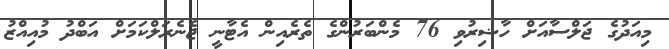
މިއަދުގެ ޖަލްސާއަށް ހާޟިރުވި 76 މެންބަރުންގެ ތެރެއިން އެޓާނީ ޖެނެރަލްކަމަށް އަބްދު މުއިއްޒު